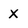
Character: X